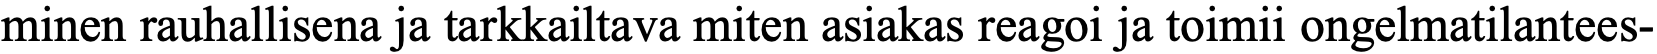
minen rauhallisena ja tarkkailtava miten asiakas reagoi ja toimii ongelmatilantees-